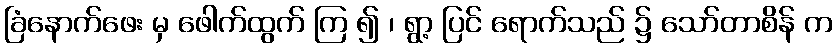
ခြံနောက်ဖေး မှ ဖေါက်ထွက် ကြ ၍ ၊ ရွာ့ ပြင် ရောက်သည် ၌ သော်တာစိန် က